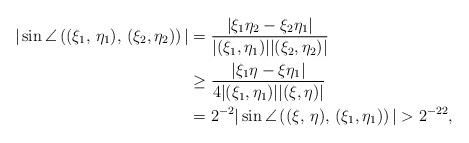
LaTeX: \begin{align*}|\sin \angle \left( (\xi_1, \, \eta_1), \, (\xi_2, \eta_2) \right)| & =\frac{|\xi_1 \eta_2 - \xi_2 \eta_1|}{|(\xi_1,\eta_1)| | (\xi_2, \eta_2)|} \\ & \geq \frac{|\xi_1 \eta - \xi \eta_1|}{4 |(\xi_1,\eta_1)| |(\xi, \eta)|}\\ & = 2^{-2} |\sin \angle \left( (\xi, \, \eta), \, (\xi_1, \eta_1) \right)| > 2^{-22},\end{align*}